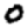
Digit: 0